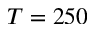
T = 2 5 0